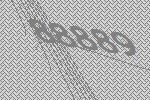
88889